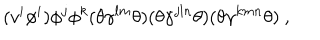
( v ^ { i } \phi ^ { i } ) \phi ^ { j } \phi ^ { k } ( \theta \gamma ^ { l m } \theta ) ( \theta \gamma ^ { j l n } \theta ) ( \theta \gamma ^ { k m n } \theta ) ~ ,